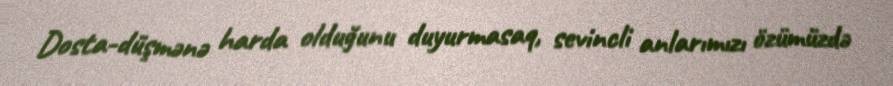
Dosta-düşmənə harda olduğunu duyurmasaq, sevincli anlarımızı özümüzdə